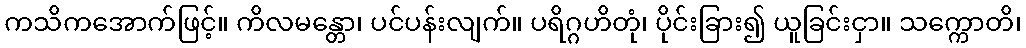
ကသိကအောက်ဖြင့်။ ကိလမန္တော၊ ပင်ပန်းလျက်။ ပရိဂ္ဂဟိတုံ၊ ပိုင်းခြား၍ ယူခြင်းငှာ။ သက္ကောတိ၊